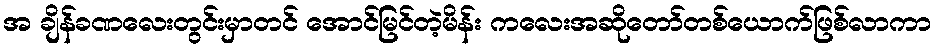
အ ချိန်ခဏလေးတွင်းမှာတင် အောင်မြင်တဲ့မိန်း ကလေးအဆိုတော်တစ်ယောက်ဖြစ်လာကာ